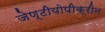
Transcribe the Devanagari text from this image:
जेण्टीयोपीक्रीन